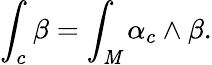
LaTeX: \int_{c}\beta=\int_{\mathit{M}}\alpha_{c}\wedge\beta.